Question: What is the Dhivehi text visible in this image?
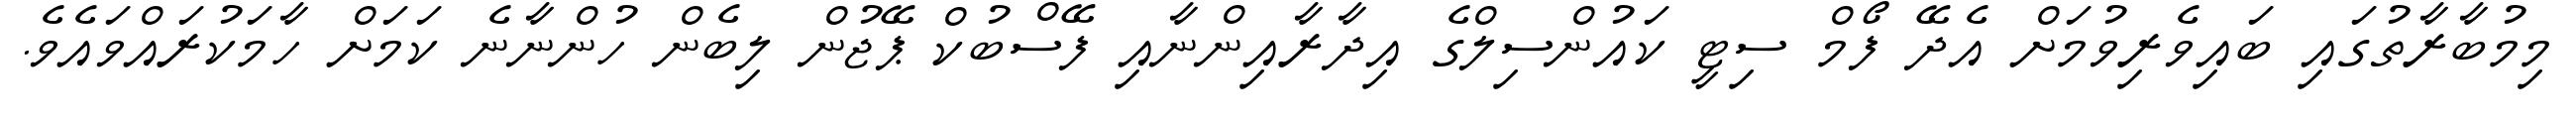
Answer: މިމުބާރާތުގައި ބައިވެރިވުމަށް އެދޭ ފޯމް ސިޓީ ކައުންސިލްގެ އިދާރާއިންނާއި ފޭސްބުކް ޕޭޖުން ލިބެން ހުންނާނެ ކަމަށް ހާމަކުރައްވައެވެ.